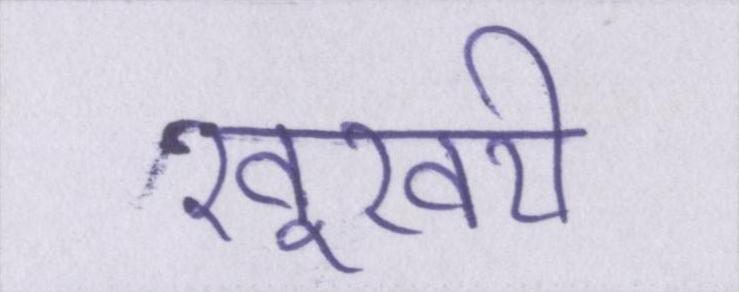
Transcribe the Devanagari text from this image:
खूखरी